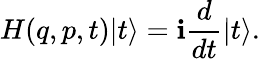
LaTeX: H(q,p,t)|t\rangle=\mathbf{i}\frac{{d}}{{dt}}|t\rangle.